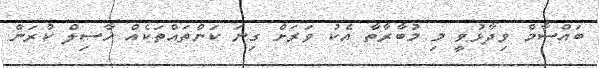
ބައްސާމް ވިދާޅުވީ މި މުބާރާތާ އެކު ވަރަށް ގިނަ ކަންތައްތަކެއް ހާސިލް ކުރަން